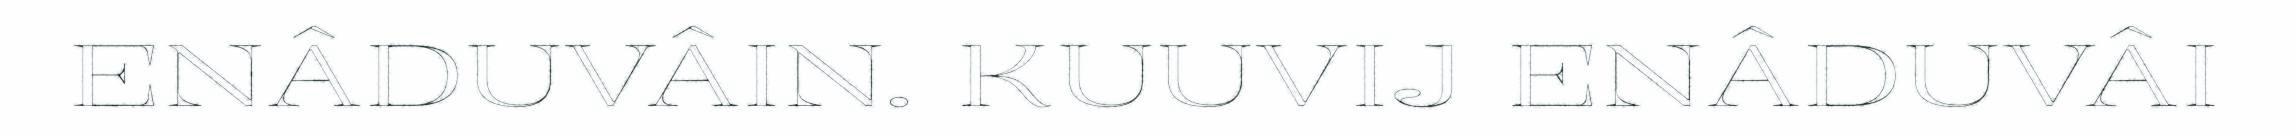
ENÂDUVÂIN. KUUVIJ ENÂDUVÂI